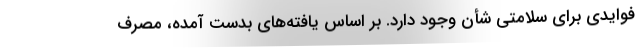
فوایدی برای سلامتی شأن وجود دارد. بر اساس یافته‌های بدست آمده، مصرف